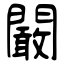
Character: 闞